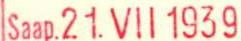
Saap.21.VIl 1939